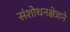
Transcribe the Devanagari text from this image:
संशोधनक्षेत्राने